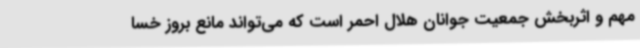
مهم و اثربخش جمعیت جوانان هلال احمر است که می‌تواند مانع بروز خسا